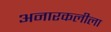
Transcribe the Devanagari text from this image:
अनारकलीला